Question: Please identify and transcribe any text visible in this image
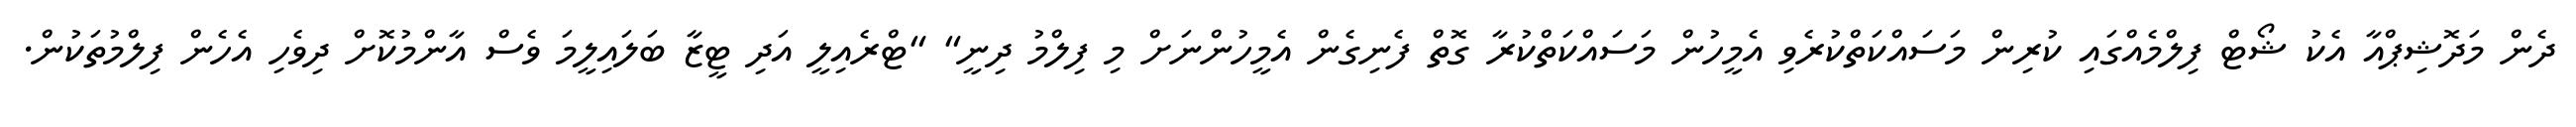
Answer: ދެން މަދޮޝިޕްއާ އެކު ޝޯޓް ފިލްމެއްގައި ކުރިން މަސައްކަތްކުރެވި އެމީހުން މަސައްކަތްކުރާ ގޮތް ފެނިގެން އެމީހުންނަށް މި ފިލްމު ދިނީ" "ޓްރެއިލީ އަދި ޓީޒާ ބަލައިލީމަ ވެސް އާންމުކޮށް ދިވެހި އެހެން ފިލްމުތަކުން.